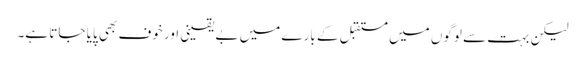
لیکن بہت سے لوگوں میں مستقبل کے بارے میں بے یقینی اور خوف بھی پایا جاتا ہے۔